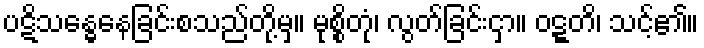
ပဋိသန္ဓေနေခြင်းစသည်တို့မှ။ မုစ္စိတုံ၊ လွတ်ခြင်းငှာ။ ဝဋ္ဋတိ၊ သင့်၏။